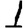
Digit: 1